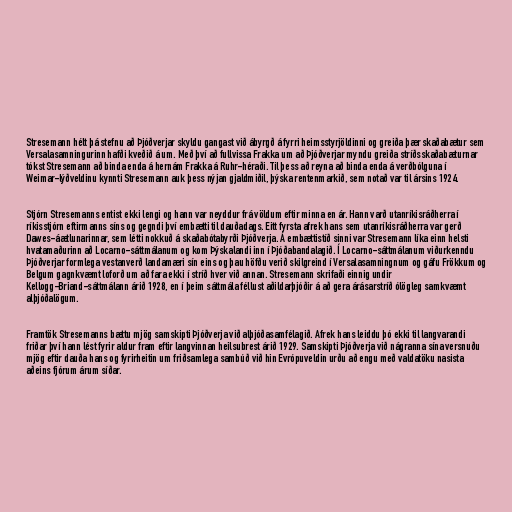
Stresemann hélt þá stefnu að Þjóðverjar skyldu gangast við ábyrgð á fyrri heimsstyrjöldinni og greiða þær skaðabætur sem
Versalasamningurinn hafði kveðið á um. Með því að fullvissa Frakka um að Þjóðverjar myndu greiða stríðsskaðabæturnar
tókst Stresemann að binda enda á hernám Frakka á Ruhr-héraði. Til þess að reyna að binda enda á verðbólguna í
Weimar-lýðveldinu kynnti Stresemann auk þess nýjan gjaldmiðil, þýska rentenmarkið, sem notað var til ársins 1924.

Stjórn Stresemanns entist ekki lengi og hann var neyddur frá völdum eftir minna en ár. Hann varð utanríkisráðherra í
ríkisstjórn eftirmanns síns og gegndi því embætti til dauðadags. Eitt fyrsta afrek hans sem utanríkisráðherra var gerð
Dawes-áætlunarinnar, sem létti nokkuð á skaðabótabyrði Þjóðverja. Á embættistíð sinni var Stresemann líka einn helsti
hvatamaðurinn að Locarno-sáttmálanum og kom Þýskalandi inn í Þjóðabandalagið. Í Locarno-sáttmálanum viðurkenndu
Þjóðverjar formlega vestanverð landamæri sín eins og þau höfðu verið skilgreind í Versalasamningnum og gáfu Frökkum og
Belgum gagnkvæmt loforð um að fara ekki í stríð hver við annan. Stresemann skrifaði einnig undir
Kellogg-Briand-sáttmálann árið 1928, en í þeim sáttmála féllust aðildarþjóðir á að gera árásarstríð ólögleg samkvæmt
alþjóðalögum.

Framtök Stresemanns bættu mjög samskipti Þjóðverja við alþjóðasamfélagið. Afrek hans leiddu þó ekki til langvarandi
friðar því hann lést fyrir aldur fram eftir langvinnan heilsubrest árið 1929. Samskipti Þjóðverja við nágranna sína versnuðu
mjög eftir dauða hans og fyrirheitin um friðsamlega sambúð við hin Evrópuveldin urðu að engu með valdatöku nasista
aðeins fjórum árum síðar.